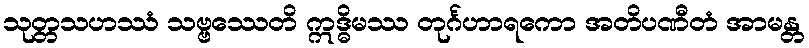
သုတ္တသဟဿံ သဗ္ဗဿေတိ ဣဒ္ဓိမဿ တုင်္ဂဟာရကော အတိပဏီတံ အာမန္တ